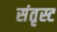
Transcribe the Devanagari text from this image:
संतृस्ट